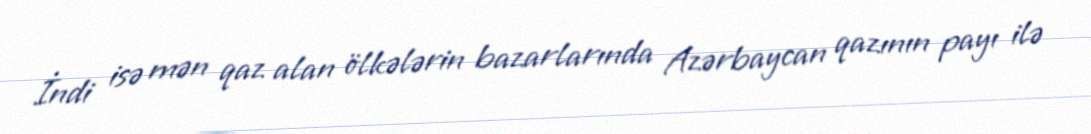
İndi isə mən qaz alan ölkələrin bazarlarında Azərbaycan qazının payı ilə